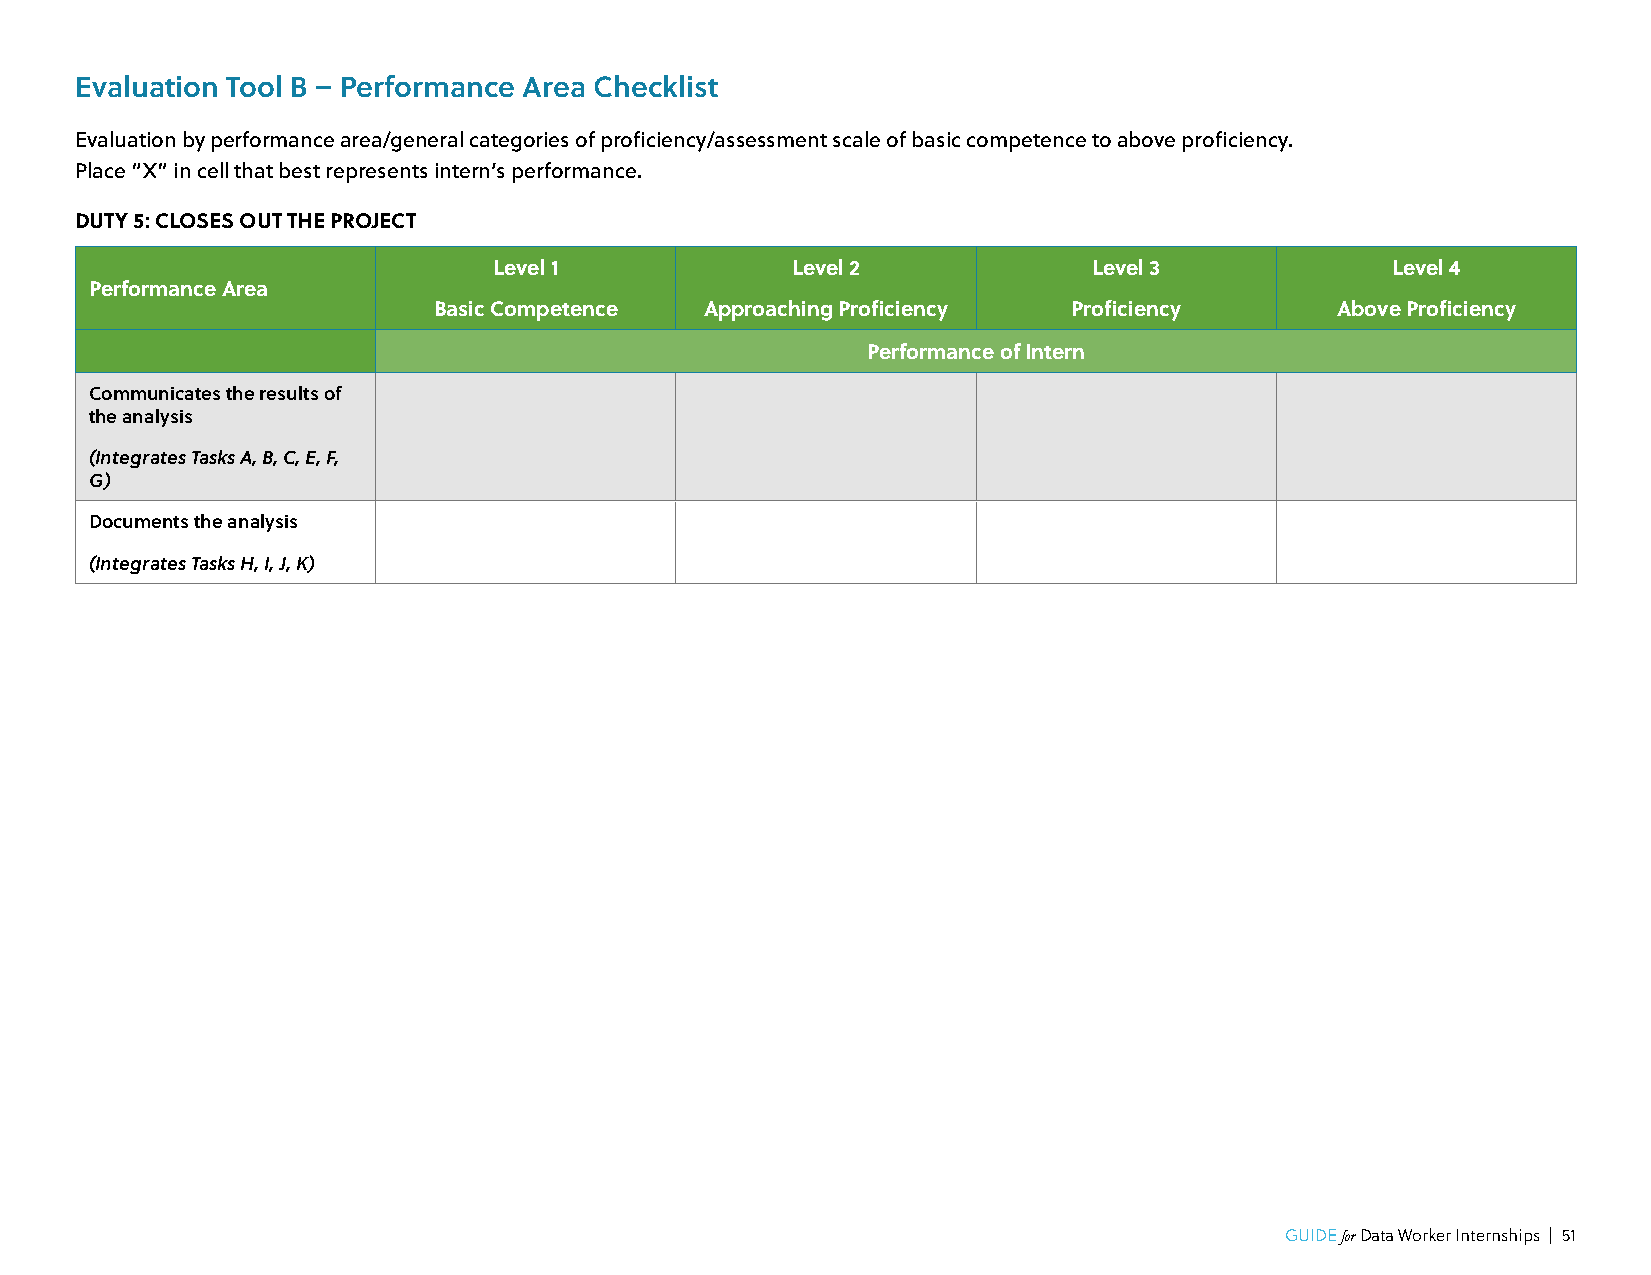
Evaluation Tool B – Performance Area Checklist
 Evaluation by performance area/general categories of proficiency/assessment scale of basic competence to above proficiency.
 Place “X” in cell that best represents intern’s performance.
 DUTY 5: CLOSES OUT THE PROJECT
 Level 1            Level 2             Level 3             Level 4
 Performance Area
 Basic Competence  Approaching Proficiency Proficiency      Above Proficiency
 Performance of Intern
 Communicates the results of
 the analysis
 (Integrates Tasks A, B, C, E, F,
 G)
 Documents the analysis
 (Integrates Tasks H, I, J, K)
 GUIDE for Data Worker Internships | 51